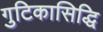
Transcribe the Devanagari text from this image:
गुटिकासिद्धि